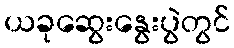
ယခုဆွေးနွေးပွဲတွင်